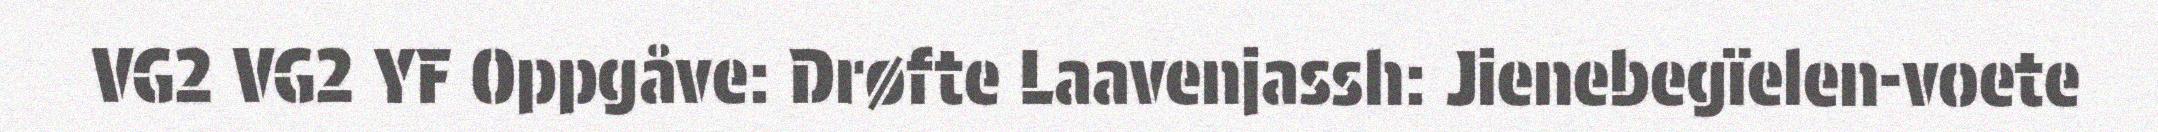
VG2 VG2 YF Oppgåve: Drøfte Laavenjassh: Jienebegïelen-voete